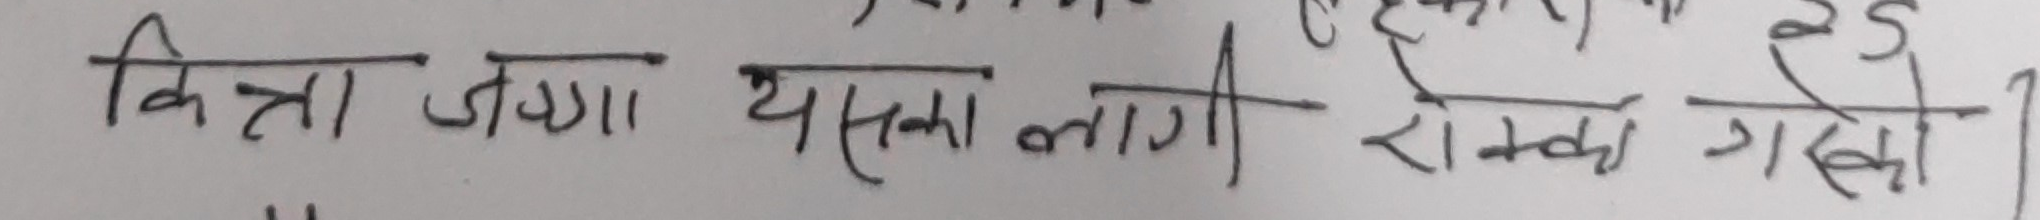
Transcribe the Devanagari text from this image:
वित्ता जग्गा यसका लागि रोक्का गर्यो।